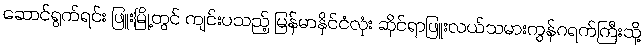
ဆောင်ရွက်ရင်း ဖြူးမြို့တွင် ကျင်းပသည့် မြန်မာနိုင်ငံလုံး ဆိုင်ရာဖြူးလယ်သမားကွန်ဂရက်ကြီးသို့